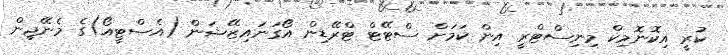
ކުރީ އިކޮނޮމިކް މިނިސްޓްރީ އިން ކަމަށް ސްޓޭޓް ޓްރޭޑިން އޯގަނައިޒޭޝަން (އެސްޓީއޯ)ގެ މެނޭޖިން